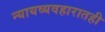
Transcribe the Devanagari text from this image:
न्यायव्यवहारातही